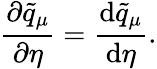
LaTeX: \frac{\partial\tilde{q}_{\mu}}{\partial\eta}=\frac{\mathrm{d}\tilde{q}_{\mu}}{\mathrm{d}\eta}.